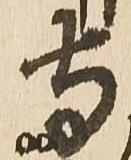
寺